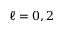
\ell = 0 , 2